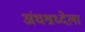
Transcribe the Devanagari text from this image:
अंधश्रध्देला